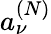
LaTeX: a_{\nu}^{(N)}